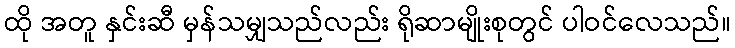
ထို အတူ နှင်းဆီ မှန်သမျှသည်လည်း ရိုဆာမျိုးစုတွင် ပါဝင်လေသည်။